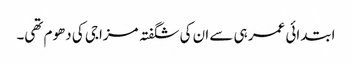
ابتدائی عمر ہی سے ان کی شگفتہ مزاجی کی دھوم تھی۔